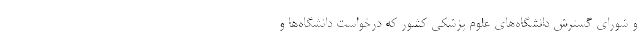
و شورای گسترش دانشگاه‌های علوم پزشکی کشور که درخواست دانشگاه‌ها و